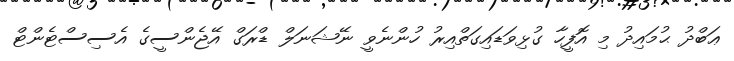
ޢަބްދު ޙުމައިދު މި އޮފީހާ ގުޅިވަޑައިގަތްއިރު ހުންނެވީ ނޭޝަނަލް ޑްރަގް އޭޖެންސީގެ އެސިސްޓެންޓް